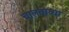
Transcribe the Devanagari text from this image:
चालवाव्या